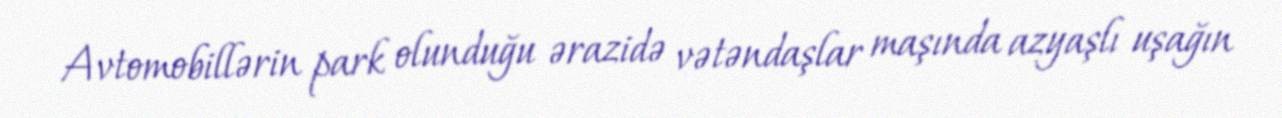
Avtomobillərin park olunduğu ərazidə vətəndaşlar maşında azyaşlı uşağın